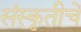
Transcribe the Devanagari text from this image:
संस्कृतीचें